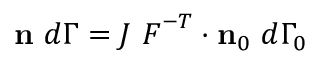
\mathbf { n } ~ d \Gamma = J ~ { \boldsymbol { F } } ^ { - T } \cdot \mathbf { n } _ { 0 } ~ d \Gamma _ { 0 }